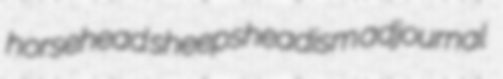
horsehead sheepsheadism adjournal